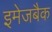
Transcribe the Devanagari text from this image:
इमेजबैक